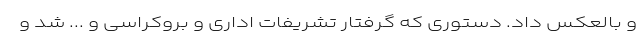
و بالعکس داد. دستوری که گرفتار تشریفات اداری و بروکراسی و ... شد و